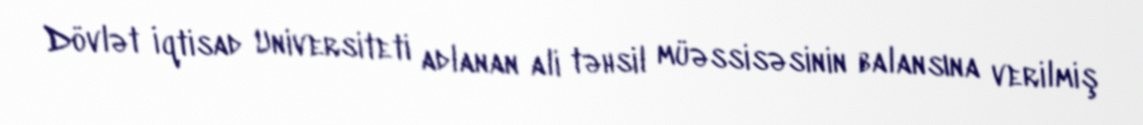
Dövlət İqtisad Universiteti adlanan ali təhsil müəssisəsinin balansına verilmiş